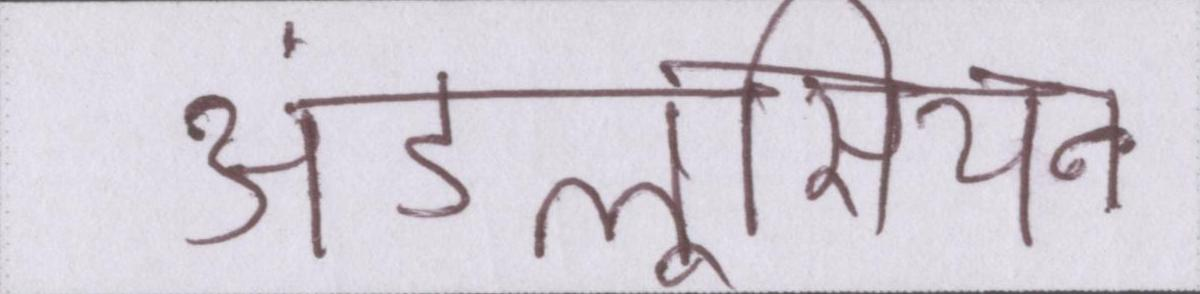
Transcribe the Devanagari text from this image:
अंडलूसियन